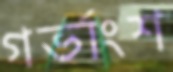
গর্ভাংশ